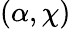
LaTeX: (\alpha,\chi)